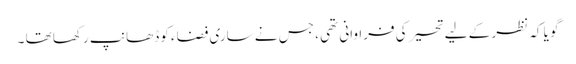
گو یا کہ نظر کے لیے تحیر کی فراوانی تھی ، جس نے ساری فضاء کو ڈھانپ رکھا تھا ۔